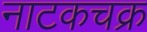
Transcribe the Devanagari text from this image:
नाटकचक्र